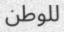
للوطن